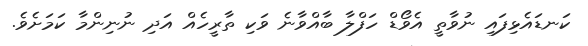
ކަނޑައެޅިފައި ނުވާތީ އެވޯޑް ހަފްލާ ބާއްވާނެ ވަކި ތާރީހެއް އަދި ނުނިންމާ ކަމަށެވެ.